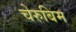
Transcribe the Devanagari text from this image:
चेरुबिम